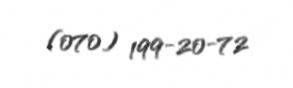
(070) 199-20-72